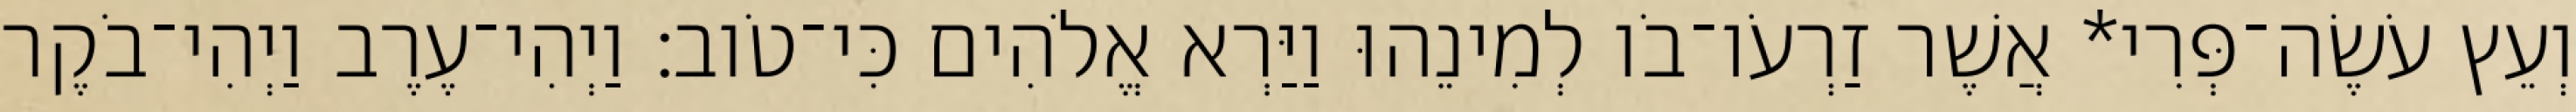
וְעֵץ עֹשֶׂה־פְּרִי* אֲשֶׁר זַרְעֹו־בֹו לְמִינֵהוּ וַיַּרְא אֱלֹהִים כִּי־טֹוב׃ וַיְהִי־עֶרֶב וַיְהִי־בֹקֶר